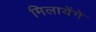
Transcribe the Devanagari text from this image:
मिलायेंगे